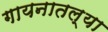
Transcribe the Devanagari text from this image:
गायनातल्या